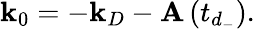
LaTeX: \mathbf{k}_{0}=-\mathbf{k}_{D}-\mathbf{A}\left(t_{d_{-}}\right).